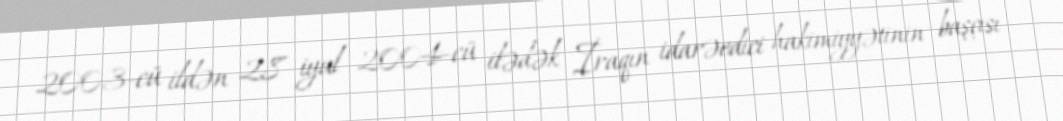
2003-cü ildən 28 iyul 2004-cü ilədək İraqın idarəedici hakimiyyətinin başçısı